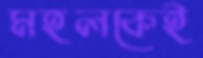
মহলকেই